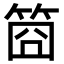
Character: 𥭮